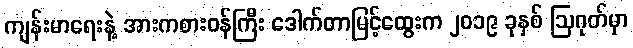
ကျန်းမာရေးနဲ့ အားကစားဝန်ကြီး ဒေါက်တာမြင့်ထွေးက ၂၀၁၉ ခုနှစ် ဩဂုတ်မှာ